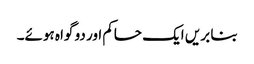
بنا بریں ایک حاکم اور دو گواہ ہوئے۔